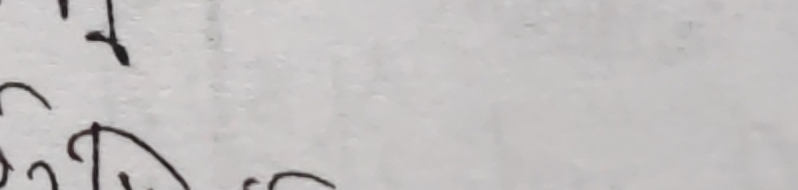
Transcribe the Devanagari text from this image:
छ कि।